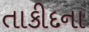
તાકીદના